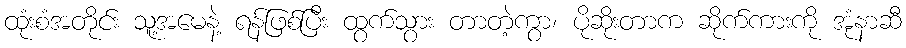
ထုံးစံအတိုင်း သူ့အမေနဲ့ ရန်ဖြစ်ပြီး ထွက်သွား တာတဲ့ကွာ၊ ပိုဆိုးတာက ဆိုက်ကားကို အုံနာဆီ